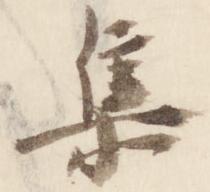
集